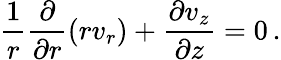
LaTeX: \frac{1}{r}\frac{\partial}{\partial r}\left(rv_{r}\right)+\frac{\partial v_{z}}{\partial z}=0\, .